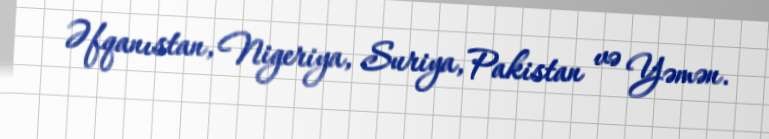
Əfqanıstan, Nigeriya, Suriya, Pakistan və Yəmən.